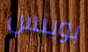
بوينس